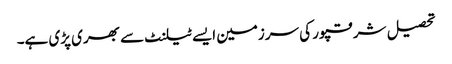
تحصیل شرقپور کی سرزمین ایسے ٹیلنٹ سے بھری پڑی ہے۔